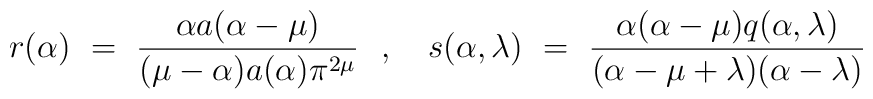
r(\alpha) ~=~ \frac{\alpha a(\alpha-\mu)}{(\mu-\alpha)a(\alpha) \pi^{2\mu}}{}~~,~~~ s(\alpha, \lambda) ~=~ \frac{\alpha(\alpha-\mu) q(\alpha,\lambda)}{(\alpha-\mu+\lambda)(\alpha-\lambda)}